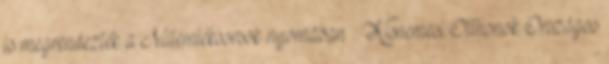
is megrendezték a Műemléksorsok nyomában – Kisnemesi Otthonok Országos